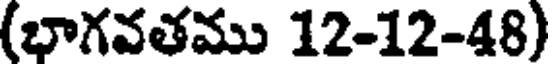
(భాగవతము 12-12-48)